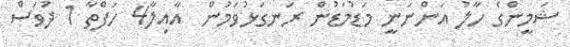
ޝަމީންގެ ހާލު އަންނަނީ މަޑުމަޑުން ރަނގަޅުވަމުން  އާއިލާ4 ހަފްތާ 1 ދުވަސް